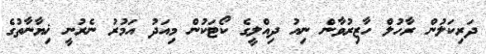
ދަރިކަލުން ރާހުލް ހާޒިރުވާން ނިއު ދިއްލީގެ ކޯޓަކުން މިއަދު އަމުރު ނެރުނީ ޚިޔާނާތުގެ